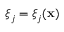
\boldsymbol { \xi } _ { j } = \boldsymbol { \xi } _ { j } ( \mathbf { x } )